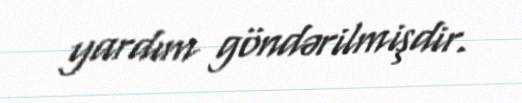
yardım göndərilmişdir.